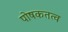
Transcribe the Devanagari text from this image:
पोषकतत्व